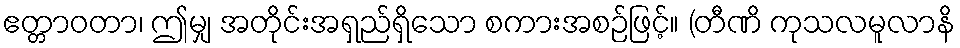
ဧတ္တာဝတာ၊ ဤမျှ အတိုင်းအရှည်ရှိသော စကားအစဉ်ဖြင့်။ (တီဏိ ကုသလမူလာနိ